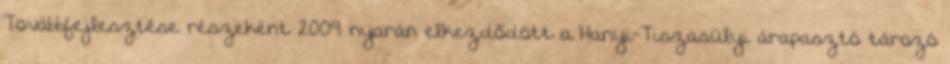
Továbbfejlesztése részeként 2009 nyarán elkezdõdött a Hanyi-Tiszasülyi árapasztó tározó